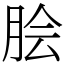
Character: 脍